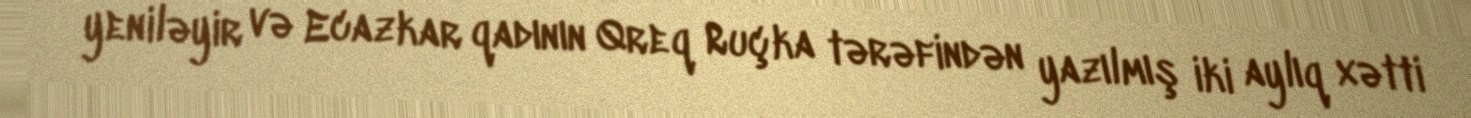
yeniləyir və Ecazkar qadının Qreq Ruçka tərəfindən yazılmış iki aylıq xətti